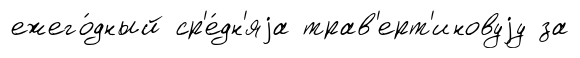
ежего́дный ср'е́дн'яjа трав'ерт'иновуjу за